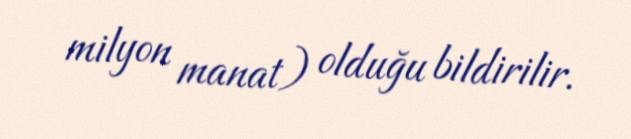
milyon manat) olduğu bildirilir.